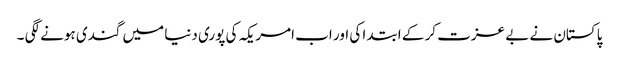
پاکستان نے بے عزت کر کے ابتدا کی اور اب امریکہ کی پوری دنیا میں گندی ہونے لگی ۔